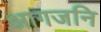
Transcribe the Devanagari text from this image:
आगजनि